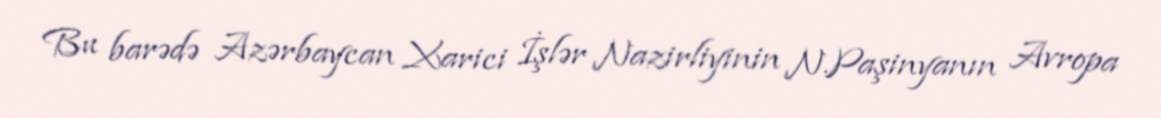
Bu barədə Azərbaycan Xarici İşlər Nazirliyinin N.Paşinyanın Avropa